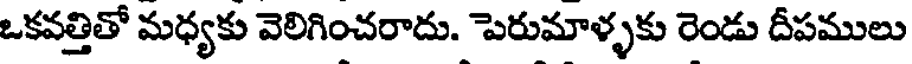
ఒకవత్తితో మధ్యకు వెలిగించరాదు. పెరుమాళ్ళకు రెండు దీపములు